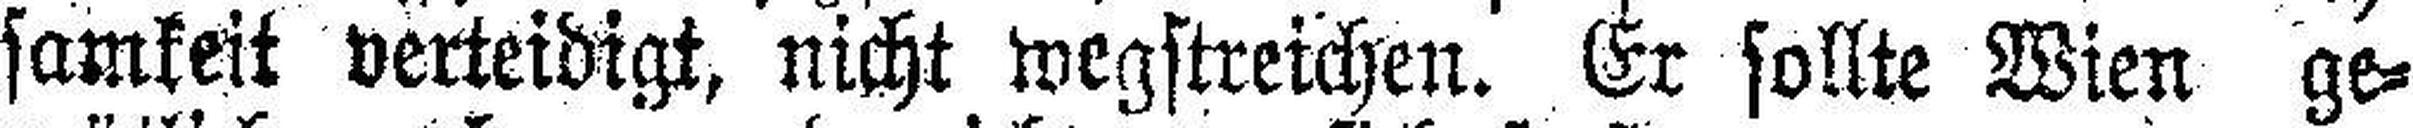
samkeit verteidigt, nicht wegstreichen. Er sollte Wien ge¬